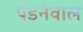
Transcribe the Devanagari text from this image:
पडनेवाल